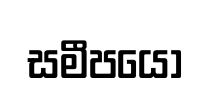
සමීපයෝ